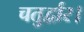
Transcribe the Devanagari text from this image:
चतुर्द्वार।